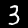
Digit: 3